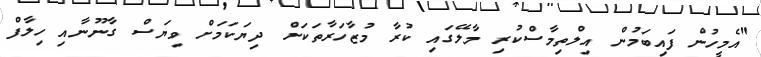
"އެމީހުން ފައިބަމުން އިލްތިމާސްކުރި މާލޭގައި ކުރާ މުޒާހަރާތަކަށް ދިޔަކަމަށް ވިޔަސް ގާނޫނާއި ހިލާފް